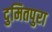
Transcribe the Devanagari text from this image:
दुमितपुरा